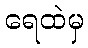
ရေထဲမှ